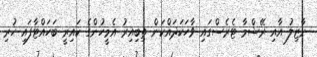
ނާޒިލު އާއި ރޭޝްމާ ޓެރެސްގައި ވާހަކަދައްކަން ތިބިއިރު އެމީހުންގެ ކައިރީ ބަހައްޓާފައި ހުރި